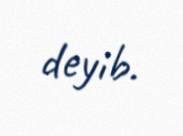
deyib.